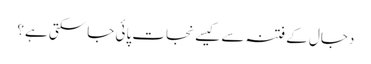
دجال کے فتنہ سے کیسے نجات پائی جاسکتی ہے؟